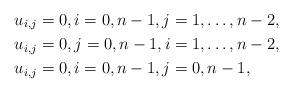
LaTeX: \begin{align*}& u_{i, j} = 0, i = 0, n-1, j = 1, \ldots, n-2, \\ & u_{i, j} = 0, j = 0, n-1, i = 1, \ldots, n-2, \\ & u_{i, j} = 0, i = 0, n-1, j = 0, n-1,\end{align*}